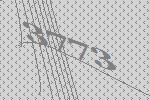
3773